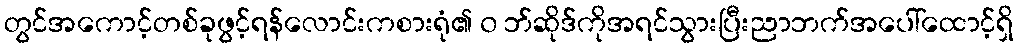
တွင်အကောင့်တစ်ခုဖွင့်ရန်လောင်းကစားရုံ၏ ၀ ဘ်ဆိုဒ်ကိုအရင်သွားပြီးညာဘက်အပေါ်ထောင့်ရှိ